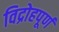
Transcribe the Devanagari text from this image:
विद्रोहपूर्ण